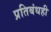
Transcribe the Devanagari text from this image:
प्रतिबंधही